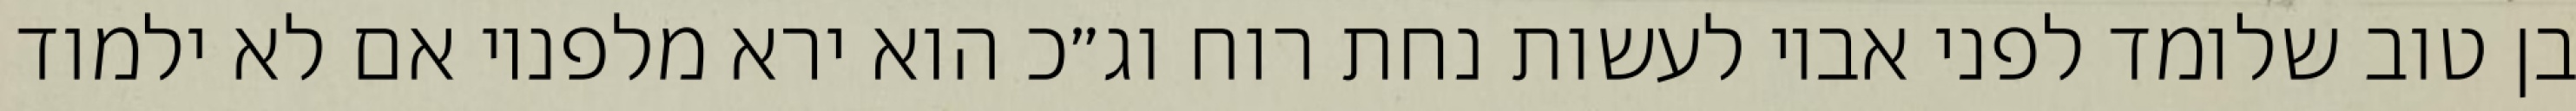
בן טוב שלומד לפני אביו לעשות נחת רוח וג״כ הוא ירא מלפניו אם לא ילמוד